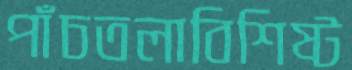
পাঁচতলাবিশিষ্ট